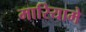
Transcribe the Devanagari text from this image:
मारियामे